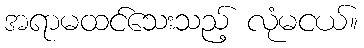
အရာမထင်သေးသည့် လုံမငယ်။